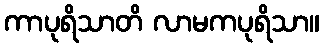
ကာပုရိသာတိ လာမကပုရိသာ။